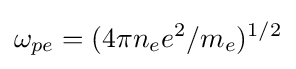
\omega _{pe}=(4\pi n_{e}e^{2}/m_{e})^{1/2}